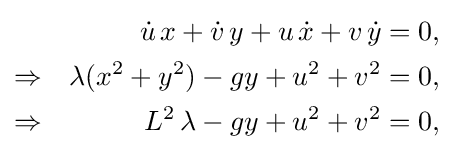
{\begin{aligned}&&{\dot {u}}\,x+{\dot {v}}\,y+u\,{\dot {x}}+v\,{\dot {y}}&=0,\\\Rightarrow &&\lambda (x^{2}+y^{2})-gy+u^{2}+v^{2}&=0,\\\Rightarrow &&L^{2}\,\lambda -gy+u^{2}+v^{2}&=0,\end{aligned}}